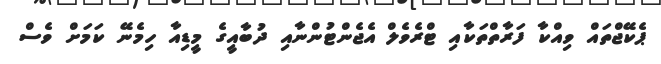
ޕެކޭޖްތައް ވިއްކާ ފަރާތްތަކާއި ޓްރެވެލް އެޖެންޓުންނާއި ދުބާއީގެ މީޑިއާ ހިމެނޭ ކަމަށް ވެސް